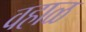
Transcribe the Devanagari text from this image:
वहाळ